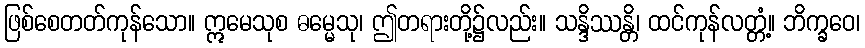
ဖြစ်စေတတ်ကုန်သော။ ဣမေသုစ ဓမ္မေသု၊ ဤတရားတို့၌လည်း။ သန္ဒိဿန္တိ၊ ထင်ကုန်လတ္တံ့။ ဘိက္ခဝေ၊